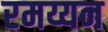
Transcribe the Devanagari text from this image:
रमय्यन